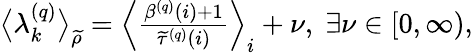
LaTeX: \begin{array}{r}{\big\langle\lambda_{k}^{\left(q\right)}\big\rangle_{\widetilde{\rho}}=\Big\langle\frac{\beta^{\left(q\right)}\left(i\right)+1}{\widetilde{\tau}^{\left(q\right)}\left(i\right)}\Big\rangle_{i}+\nu,\; \exists\nu\in\left[0,\infty\right),}\end{array}